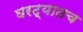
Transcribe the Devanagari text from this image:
घरट्यातच